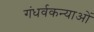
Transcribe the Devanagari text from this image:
गंधर्वकन्याओं